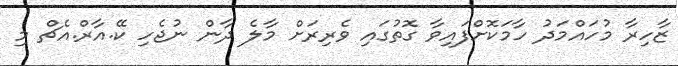
ޒާހިރާ މުހައްމަދު ހާމަކޮށްފައިވާ ގޮތުގައި ވެރިރަށް މާލެ ދާން ނުޖެހި ކޭ.އާރް.އެޗް މި